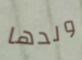
ولدها